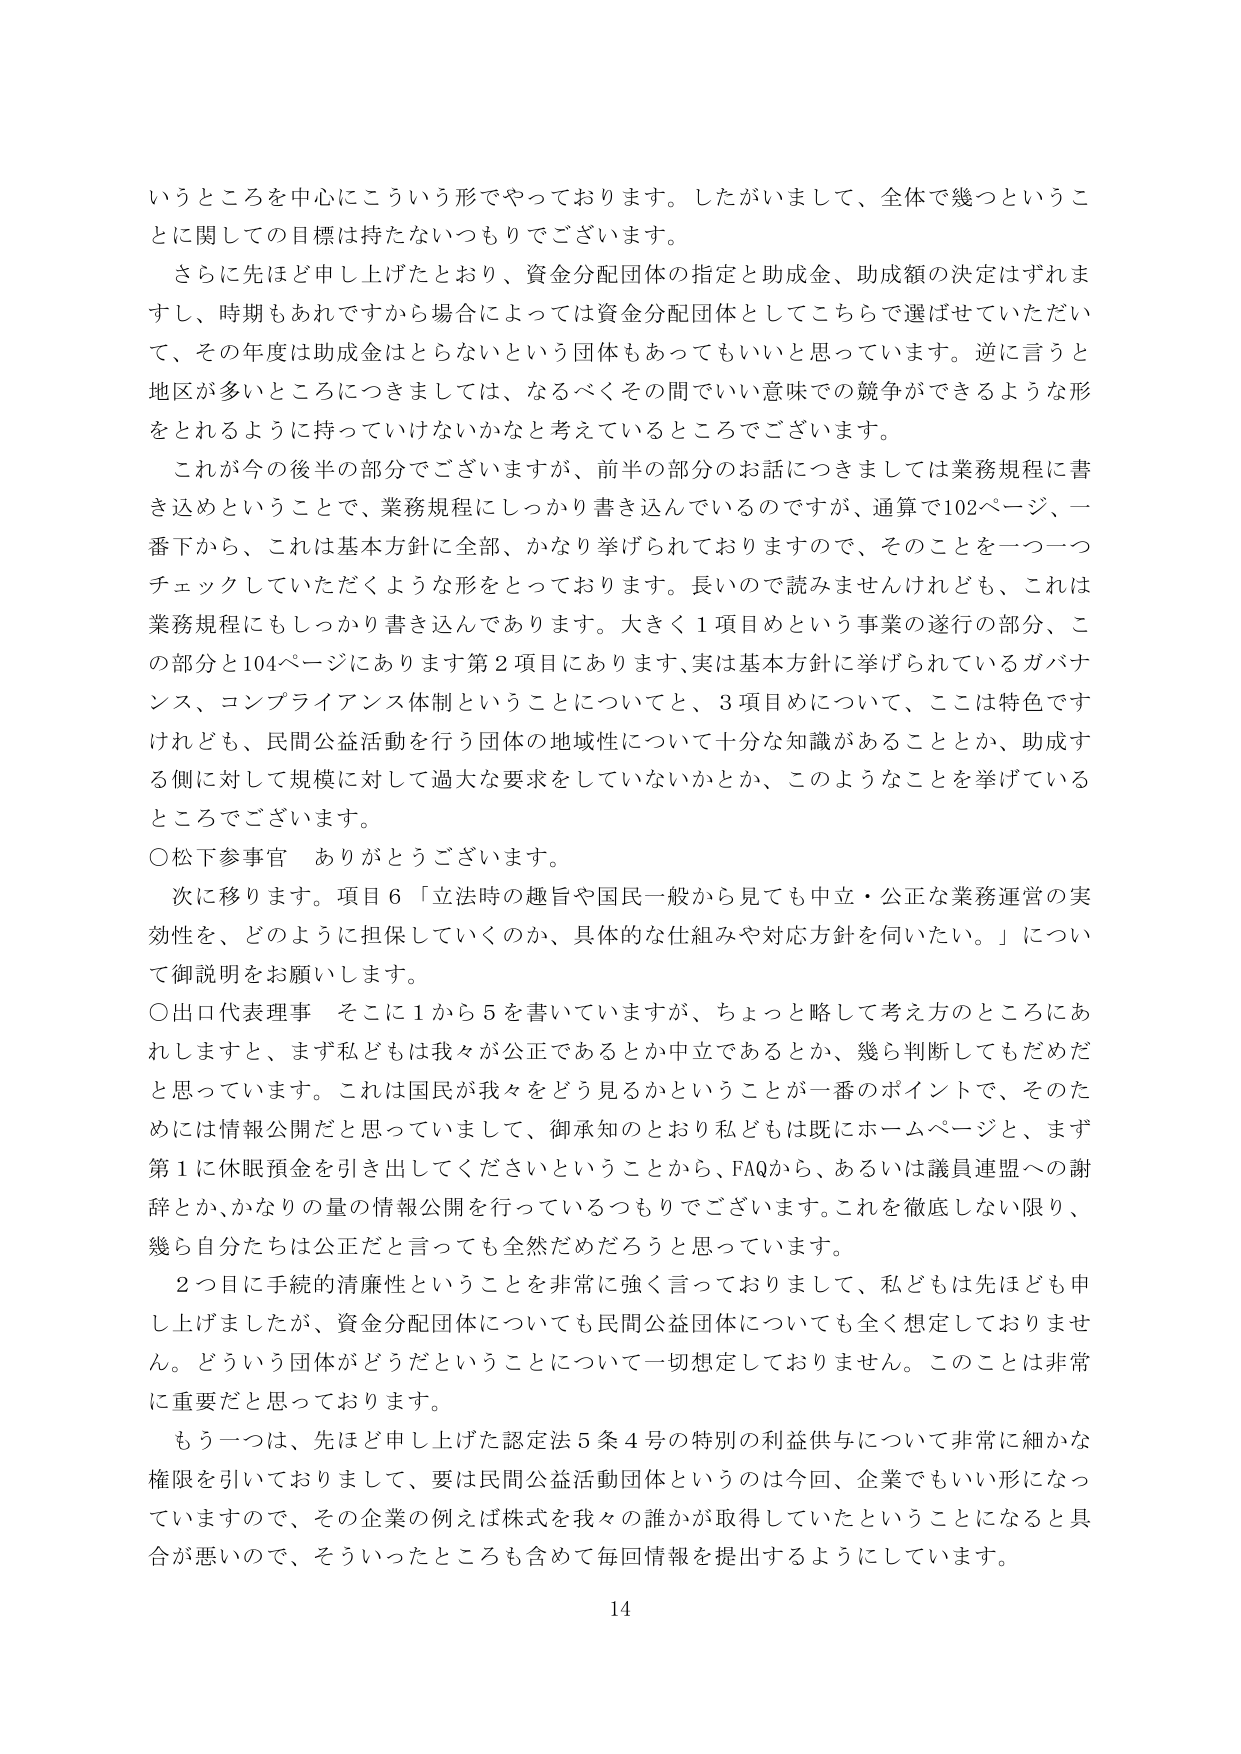
いうところを中心にこういう形でやっております。したがいまして、全体で幾つというこ
とに関しての目標は持たないつもりでございます。
さらに先ほど申し上げたとおり、資金分配団体の指定と助成金、助成額の決定はずれま
すし、時期もあれですから場合によっては資金分配団体としてこちらで選ばせていただい
て、その年度は助成金はとらないという団体もあってもいいと思っています。逆に言うと
地区が多いところにつきましては、なるべくその間でいい意味での競争ができるような形
をとれるように持っていけないかなと考えているところでございます。
これが今の後半の部分でございますが、前半の部分のお話につきましては業務規程に書
き込めということで、業務規程にしっかり書き込んでいるのですが、通算で102ページ、一
番下から、これは基本方針に全部、かなり挙げられておりますので、そのことを一つ一つ
チェックしていただくような形をとっております。長いので読みませんけれども、これは
業務規程にもしっかり書き込んであります。大きく1項目めという事業の遂行の部分、こ
の部分と104ページにあります第2項目にあります、実は基本方針に挙げられているガバナ
ンス、コンプライアンス体制ということについてと、3項目目について、ここは特色です
けれども、民間公益活動を行う団体の地域性について十分な知識があることとか、助成す
る側に対して規模に対して過大な要求をしていないかとか、このようなことを挙げている
ところでございます。
○松下参事官　ありがとうございます。
次に移ります。項目6「立法時の趣旨や国民一般から見ても中立・公正な業務運営の実
効性を、どのように担保していくのか、具体的な仕組みや対応方針を伺いたい。」につい
て御説明をお願いします。
○出口代表理事　そこに1から5を書いていますが、ちょっと略して考え方のところにあ
れしますと、まず私どもは我々が公正であるとか中立であるとか、幾ら判断してもだめだ
と思っています。これは国民が我々をどう見るかということが一番のポイントで、そのた
めには情報公開だと思っていまして、御承知のとおり私どもは既にホームページと、まず
第1に休眠預金を引き出してくださいということから、FAQから、あるいは議員連盟への謝
辞とか、かなりの量の情報公開を行っているつもりでございます。これを徹底しない限り、
幾ら自分たちは公正だと言っても全然だめだろうと思っています。
2つ目に手続の清廉性ということを非常に強く言っておりまして、私どもは先ほども申
し上げましたが、資金分配団体についても民間公益団体についても全く想定しておりませ
ん。どういう団体がどうだということについて一切想定しておりません。このことは非常
に重要だと思っております。
もう一つは、先ほど申し上げた認定法5条4号の特別の利益供与について非常に細かな
権限を引いておりまして、要は民間公益活動団体というのは今回、企業でもいい形になっ
ていますので、その企業の例えば株式を我々の誰かが取得していたということになると具
合が悪いので、そういったところも含めて毎回情報を提出するようにしています。
14